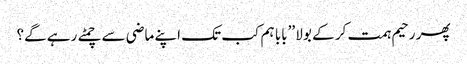
پھر رحیم ہمت کر کے بولا ’’بابا ہم کب تک اپنے ماضی سے چمٹے رہے گے؟